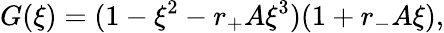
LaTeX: G(\xi)=(1-\xi^{2}-r_{+}A\xi^{3})(1+r_{-}A\xi),